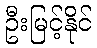
ဦးမြင့်နိုင်